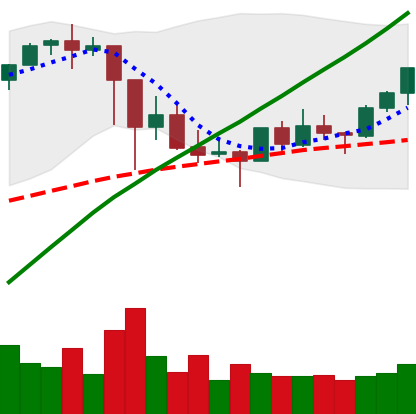
Ticker: ETH-USD
Chart end date: 2021-03-08
Forward return: 4.903%
Label: up_3_5